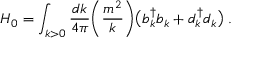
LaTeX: H _ { 0 } = \int _ { k > 0 } { \frac { d k } { 4 \pi } } \Biggl ( { \frac { m ^ { 2 } } { k } } \Biggr ) \bigl ( b _ { k } ^ { \dagger } b _ { k } + d _ { k } ^ { \dagger } d _ { k } \bigr ) \; .